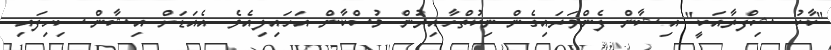
"ކާކު ޝިފްރާއަކީ" އިޝާން ފެންވަރައިގެން ނިކުތްހާއިރުން މުސްކާން އަހައިލިއެވެ. އެއަޑަށް އިޝާން ސިހިފައި